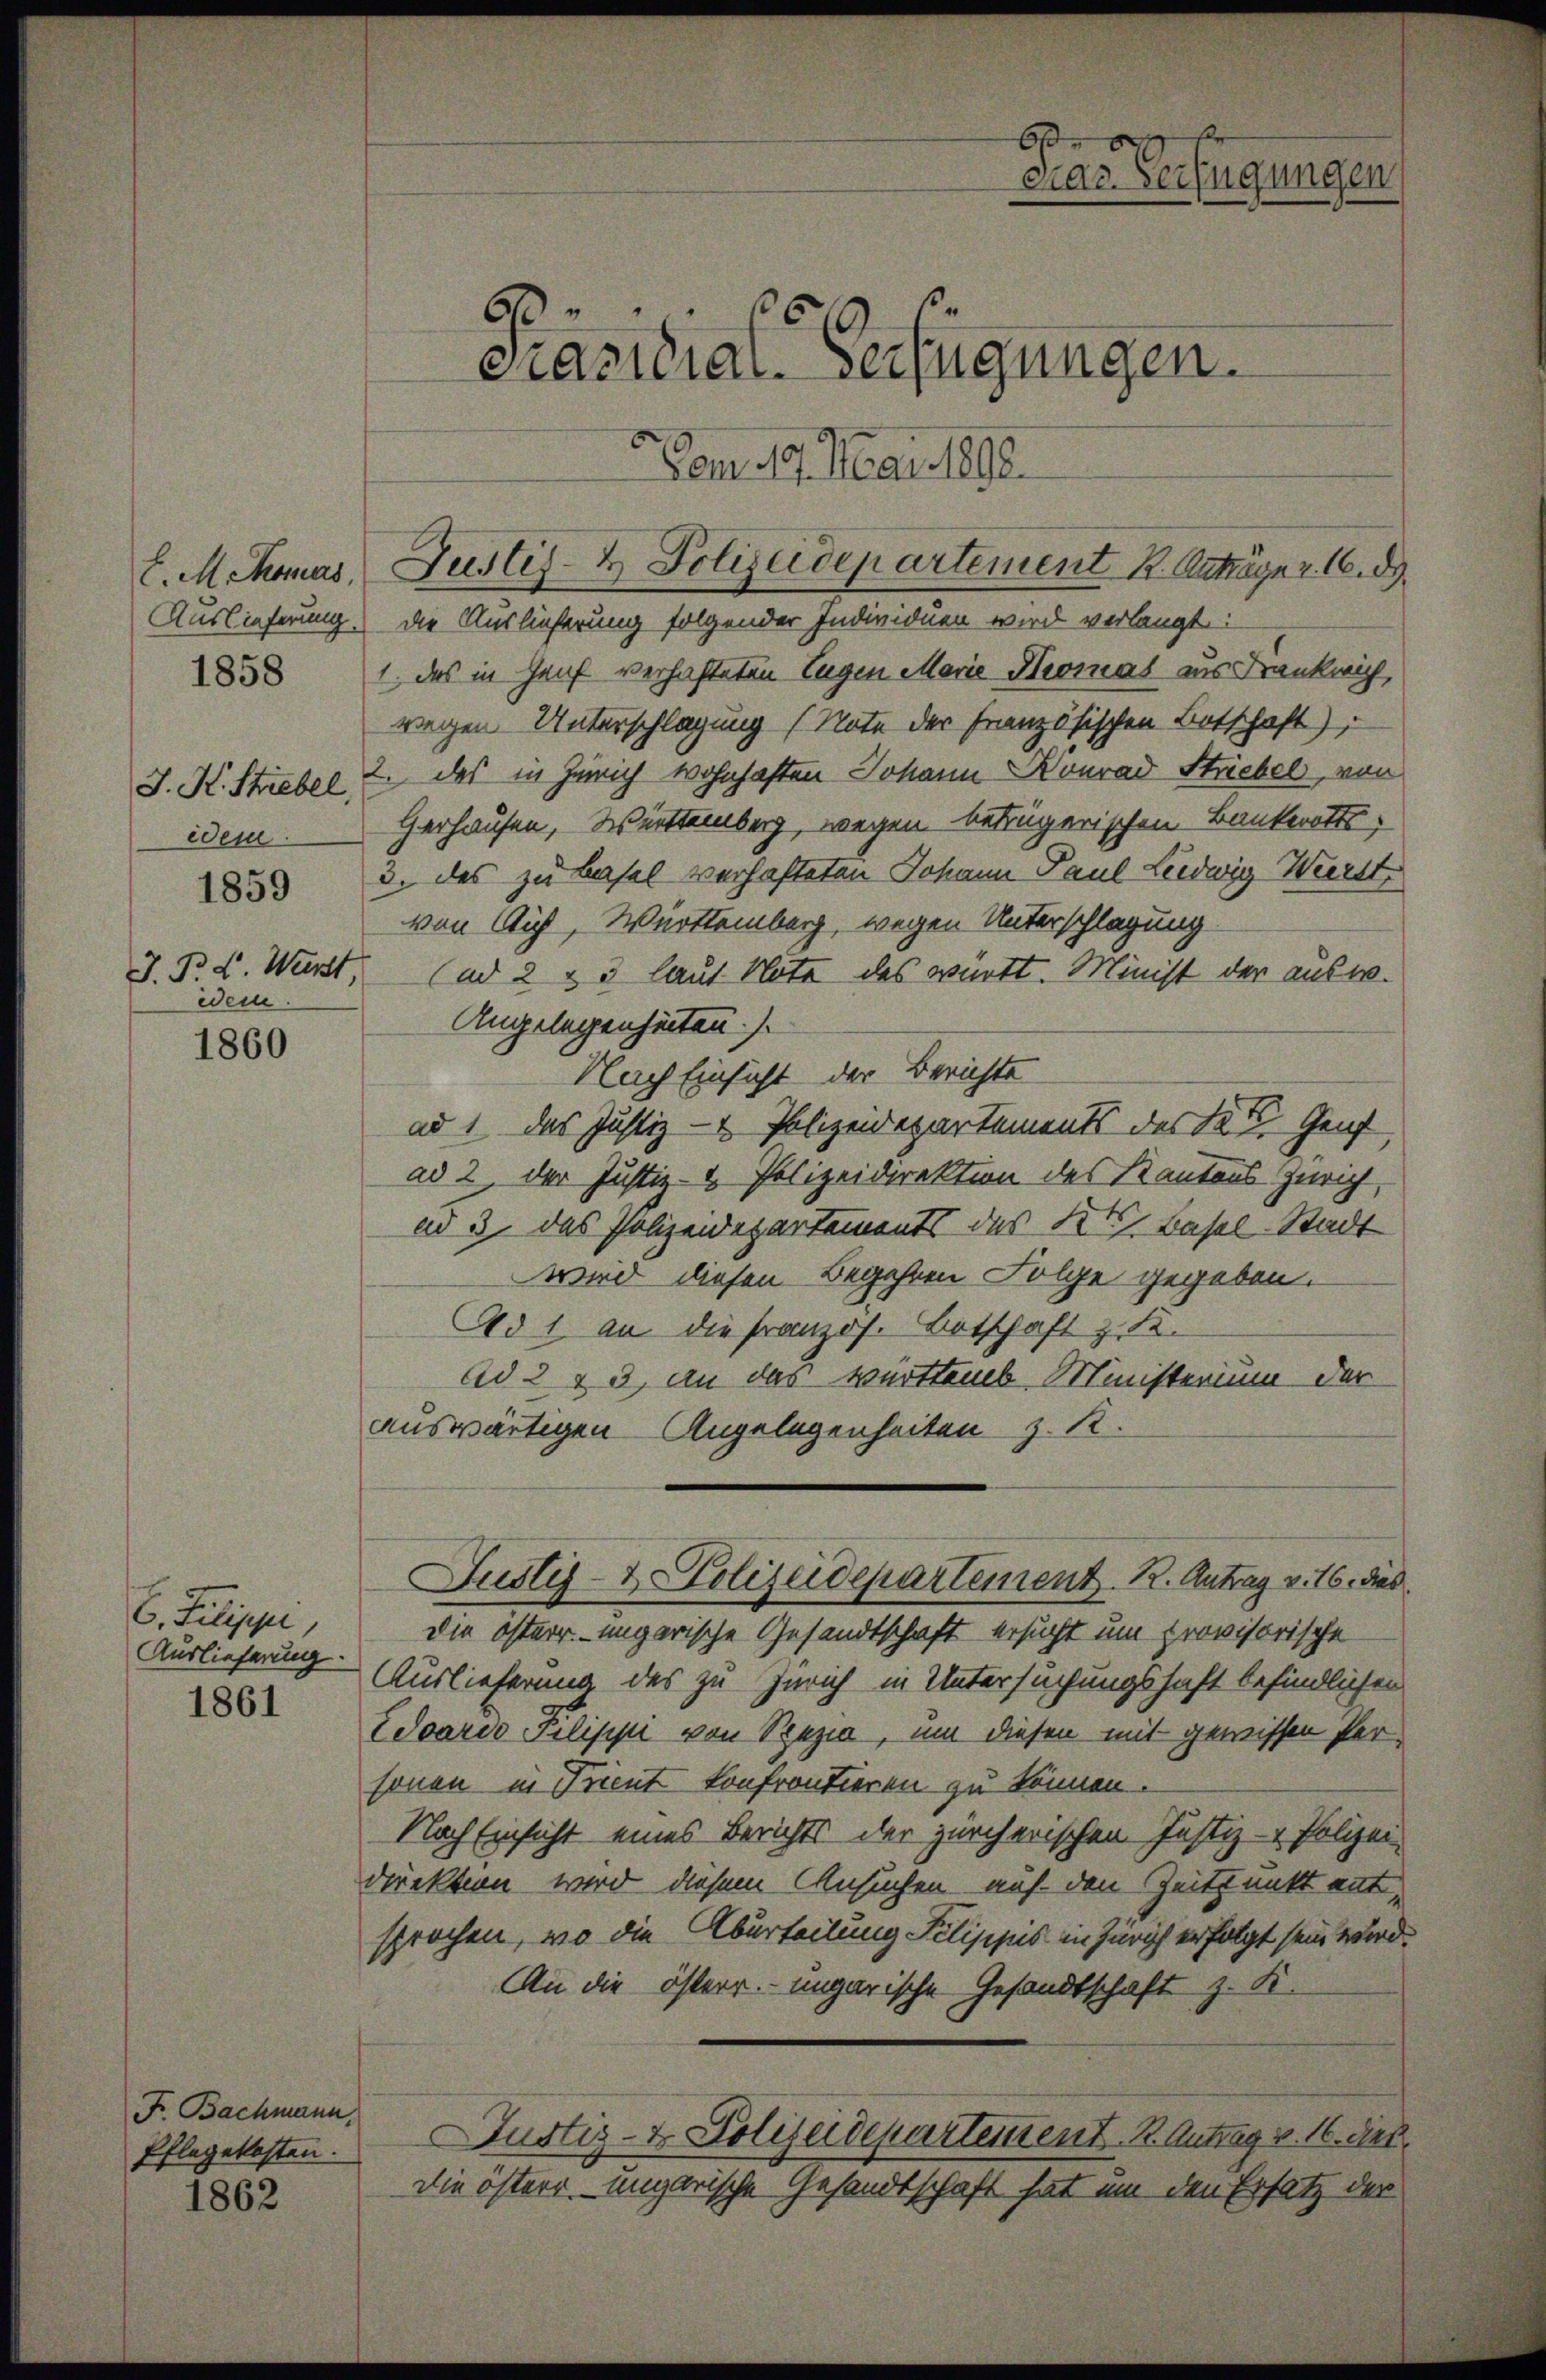
J. K. Strebel,
iden
1859
wein.

1858

1860

C. Filippi,
Auslieferung.
1861

Fr. Bachmann,
Pflegekosten.
1862

b
cias Verfügungen
A 36 x
Präsidial-Verfügungen.
Vom 19. Mai 1892.

E. Methomas, Justiz- & Polizeidepartement K. Anträger. 16. d.

Auslieferung. Die Auslieferung folgender Individuen wird verlangt:
1., das in Genf verhafteten Eugen Marie Thomas aus Frankrich,
wegen Unterschlagung (Note der Französischen Botschaft),
2. das in Zürich wohnhaften Johann Konrad Striebel, von
Gerhausen, Württemberg, wegen betrügerischen Bankerotts
3. das zu Basel verhafteten Johann Paul Liedwig Wierst
von Aich, Württemberg, wegen Unterschlagung
J. P. L. Wurst, (ad 2 & 3 laut Note des württ. Minist der aus¬
Angelegenheiten.)
Nach Einsicht der Berichte
ad 1, das Justiz- & Polizeidepartements des St. Genf,
ad 2, der Justiz- & Polizeidirektion des Kantons Zürich,
ad 3. das Polizeidepartements des Kt. Basel-Stadt
wird diesen Begehren Folge gegeben.
Ad 1 an die französ. Botschaft z. B.
Ad 2 & 3, an das Württemb. Ministerium der
auswärtigen Angelegenheiten z. R.
Justiz- & Polizeidepartement. 12. Antrag v. 16. dies
die österr. ungarische Gesandtschaft ersucht um provisorische
Auslieferung des zu Zürich in Untersuchungshaft befindlichen
Edoaris Pilippi von Spezia, um diesen mit gewissen Personen in Trient konfrontieren zu können.
Nach Einsicht eines Berichts der zürcherischen Justiz- & Polizei
direktion wird diesem Ansuchen, auf den Zeitpunkt entsprochen, wo die Aburteilung Filippis in Zürich erfolgt sein wird.
An die österr. ungarische Gesandtschaft z. K.
Justiz- & Polizeidepartement. R. Antrag v. 16. dies
Die östere ungarische Gesandtschaft hat um den Ersatz der